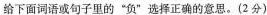
给下面词语或句子里的”负”选择正确的意思。(2分)